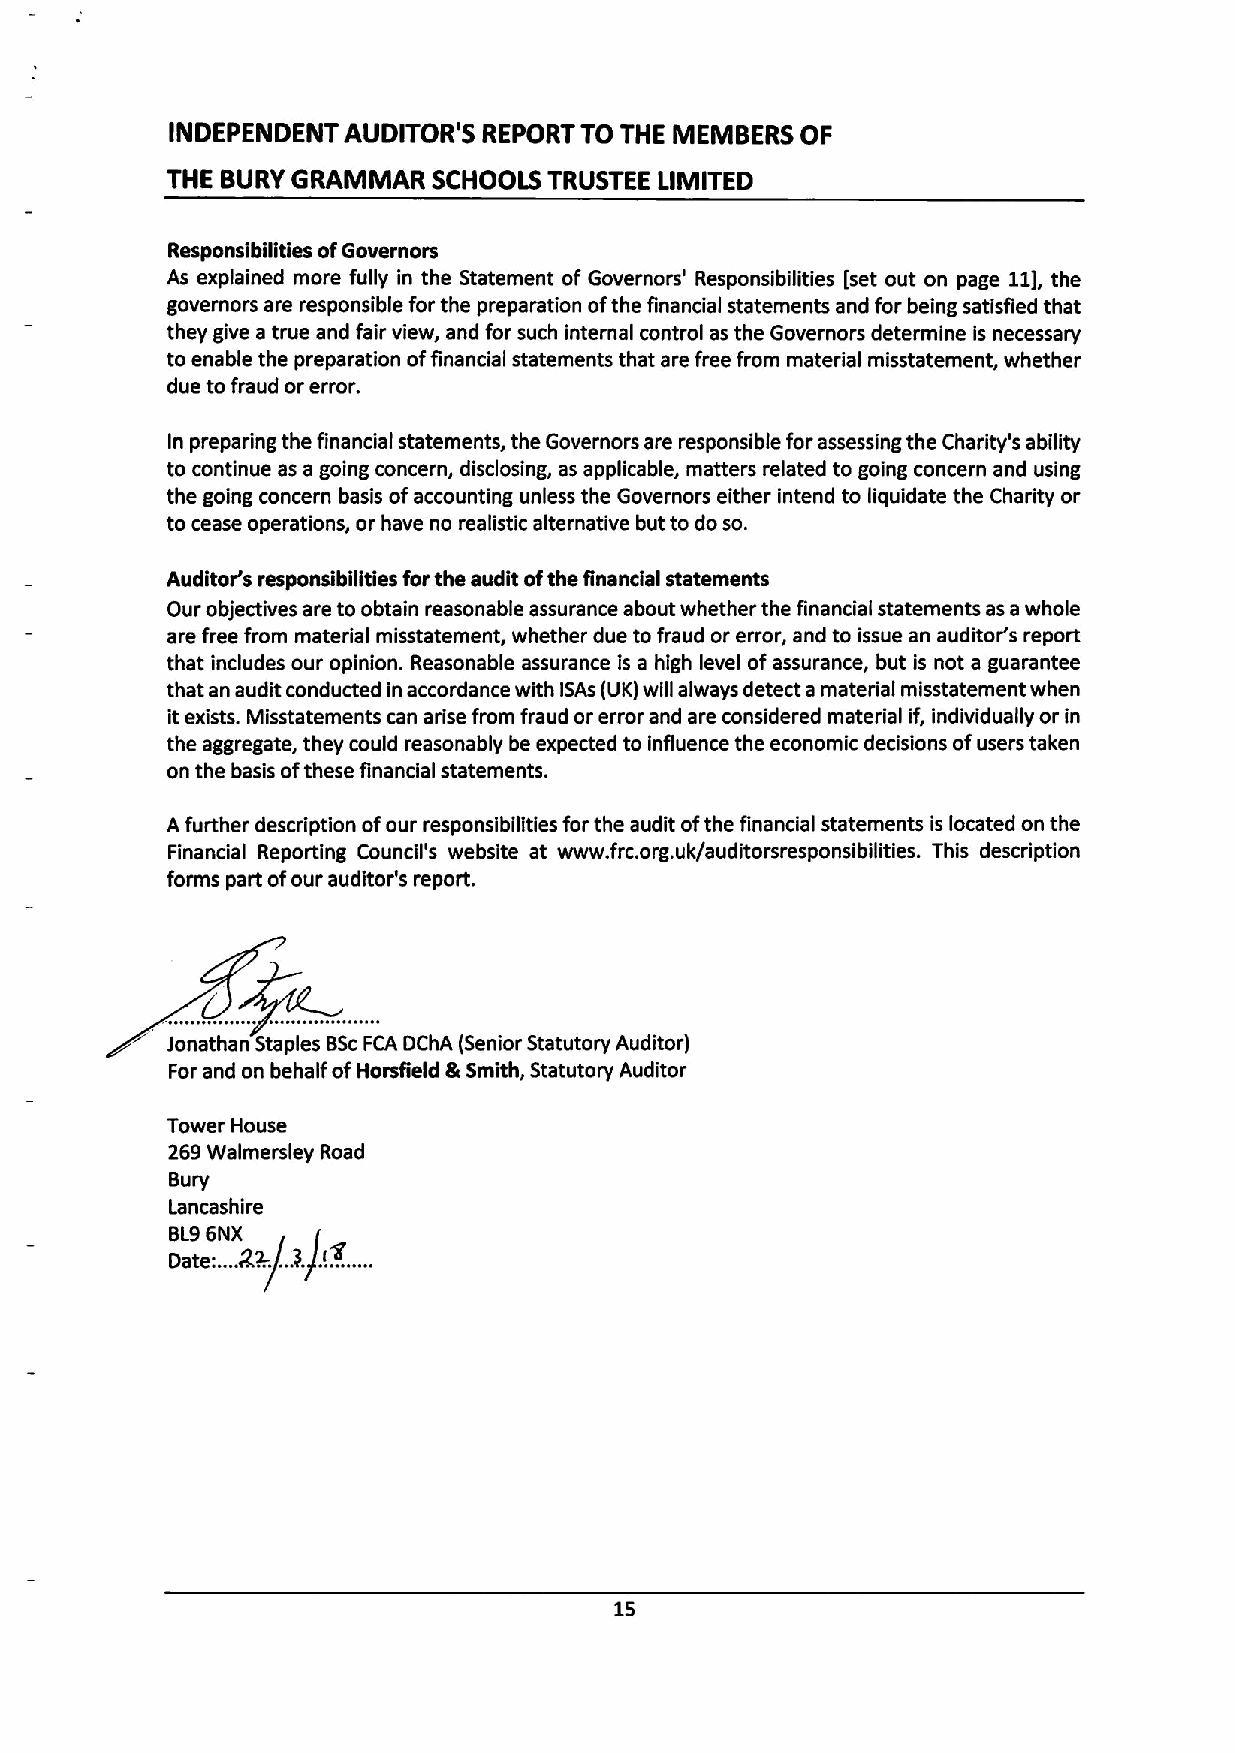
INDEPENDENT AUDITOR'S REPORT TO THE MEMBERS OF
 THE BURYGRAMMAR   SCHOOLS TRUSTEE LIMITED
 Responsibilities ofGovernors
 As explained more fully in the Statement of Governors' Responsibilities [set out on page 11],the
 governors are responsible for the preparation ofthe financial statements and for being satisfied that
 they give a true and fair view, and for such Internal control as the Governors determine is necessary
 to enable the preparation offinancial statements that are free from material misstatement, whether
 due tofraud or error.
 In prepading the financial statements, the Governors are responsible for assessing the Charity's ability
 to continue as a going concern, disclosing, as applicable, matters related to going concern and using
 the going concern basis ofaccounting unless the Governors either intend to liquidate the Charity or
 to cease operations, or have no realistic alternative but to do so.
 Auditor's responsibilities forthe audit ofthe financial statements
 Our objectives are to obtain reasonable assurance about whether the financial statements as awhole
 are free from material misstatement, whether due to fraud or error, and to issue an auditor's report
 that includes our opinion. Reasonable assurance is a high level ofassurance, but is not a guarantee
 that an audit conducted in accordance with ISAs (UK)will always detect amaterial misstatement when
 itexists. Misstatements can arise from fraud or error and are considered material if, individually or in
 the aggregate, they could reasonably be expected to influence the economic decisions ofusers taken
 on the basis ofthese financial statements.
 Afurther description ofour responsibilities for the audit ofthe financial statements is located on the
 Financial Reporting Council's website at www. frc.org.uk/auditorsresponsibgities. This description
 forms part ofour auditor's report.
 Jonathan Staples BScFCA DChA (Senior Statutory Auditor)
 For and on behalf ofHorsgeld &Smith, Statutory Auditor
 Tower House
 269Walmersley Road
 Bury
 Lancashire
 BL96NX
 Date:.... 2,2-...3. .!X....
 15